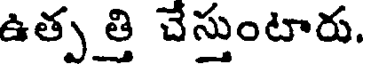
ఉత్ప త్తి చేస్తుంటారు.